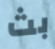
بث